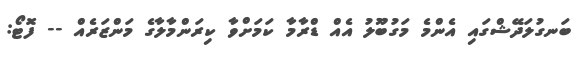
ބަނގުލަދޭޝްގައި އެންމެ މަގުބޫލު އެއް ޑްރާމާ ކަމަށްވާ ކިރަންމާލާގެ މަންޒަރެއް -- ފޮޓޯ: